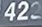
422